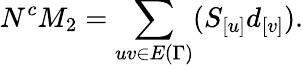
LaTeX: N^{c}M_{2}=\sum_{uv\in E{(\Gamma)}}(S_{[u]}d_{[v]}).